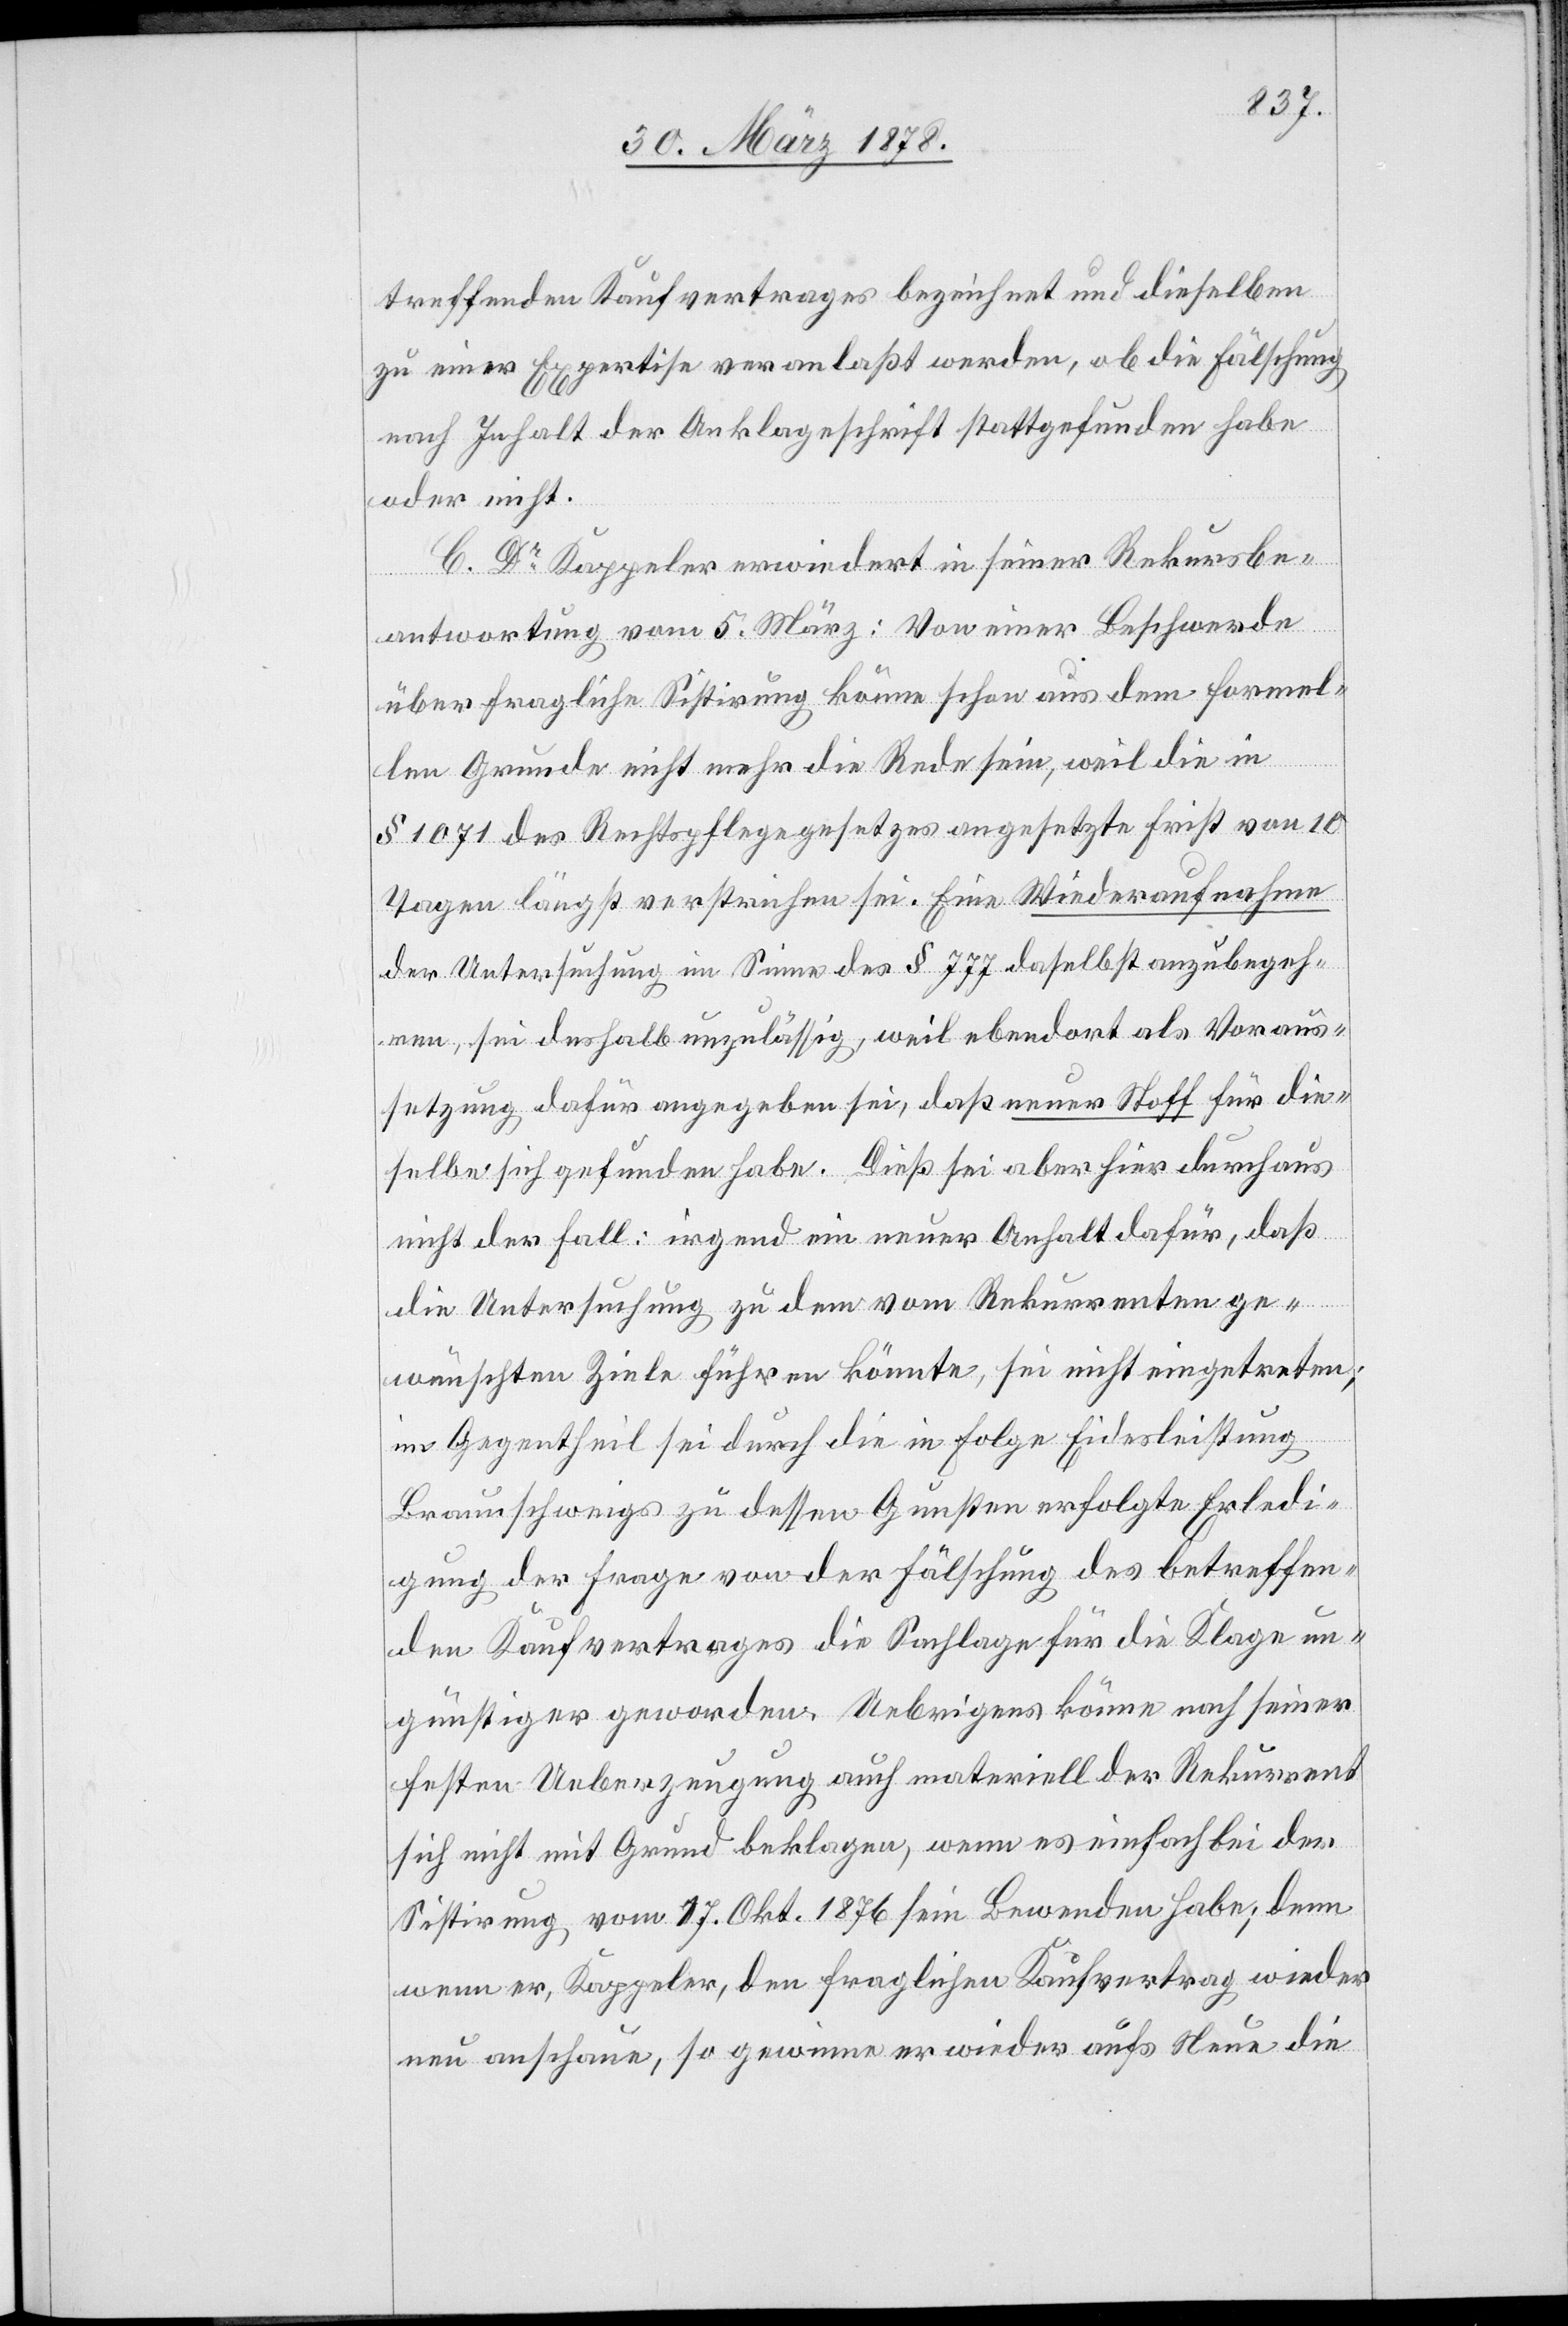
treffenden Kaufvertrages bezeichnet und dieselben
zu einer Expertise veranlaßt werden, ob die Fälschung
nach Inhalt der Anklageschrift stattgefunden habe
oder nicht.
C. Dr Kappeler erwiedert in seiner Rekursbe¬
antwortung vom 5. März: Von einer Beschwerde
über fragliche Sistirung könne schon aus dem formel¬
len Grunde nicht mehr die Rede sein, weil die in
§ 1071 des Rechtspflegegesetzes angesetzte Frist von 10
Tagen längst verstrichen sei. Eine Wiederaufnahme
der Untersuchung im Sinne des § 777 daselbst anzubegeh¬
ren, sei deshalb unzulässig, weil ebendort als Voraus¬
setzung dafür angegeben sei, daß neuer Stoff für die¬
selbe sich gefunden habe. Dieß sei aber hier durchaus
nicht der Fall: irgend ein neuer Anhalt dafür, daß
die Untersuchung zu dem vom Rekurrenten ge¬
wünschten Ziele führen könnte, sei nicht eingetreten;
im Gegentheil sei durch die in Folge Eidesleistung
Braunschweigs zu dessen Gunsten erfolgte Erledi¬
gung der Frage von der Fälschung des betreffen¬
den Kaufvertrages die Sachlage für die Klage un¬
günstiger geworden. Uebrigens könne nach seiner
festen Ueberzeugung auch materiell der Rekurrent
sich nicht mit Grund beklagen, wenn es einfach bei der
Sistirung vom 17. Okt 1876 sein Bewenden habe; denn
wenn er, Kappeler, den fraglichen Kaufvertrag wieder
neu anschaue, so gewinne er wieder aufs Neue die